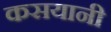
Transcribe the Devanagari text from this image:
कसयानी